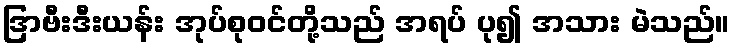
ဒြာဗီးဒီးယန်း အုပ်စုဝင်တို့သည် အရပ် ပု၍ အသား မဲသည်။